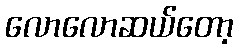
လောလောဆယ်တော့